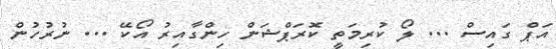
އަޕް ގައިސް ... ލޯ ކުރިމަތީ ކޮރަޕްޝަން ހިންގާއިރު އޯކޭ ... ނުރުހުން